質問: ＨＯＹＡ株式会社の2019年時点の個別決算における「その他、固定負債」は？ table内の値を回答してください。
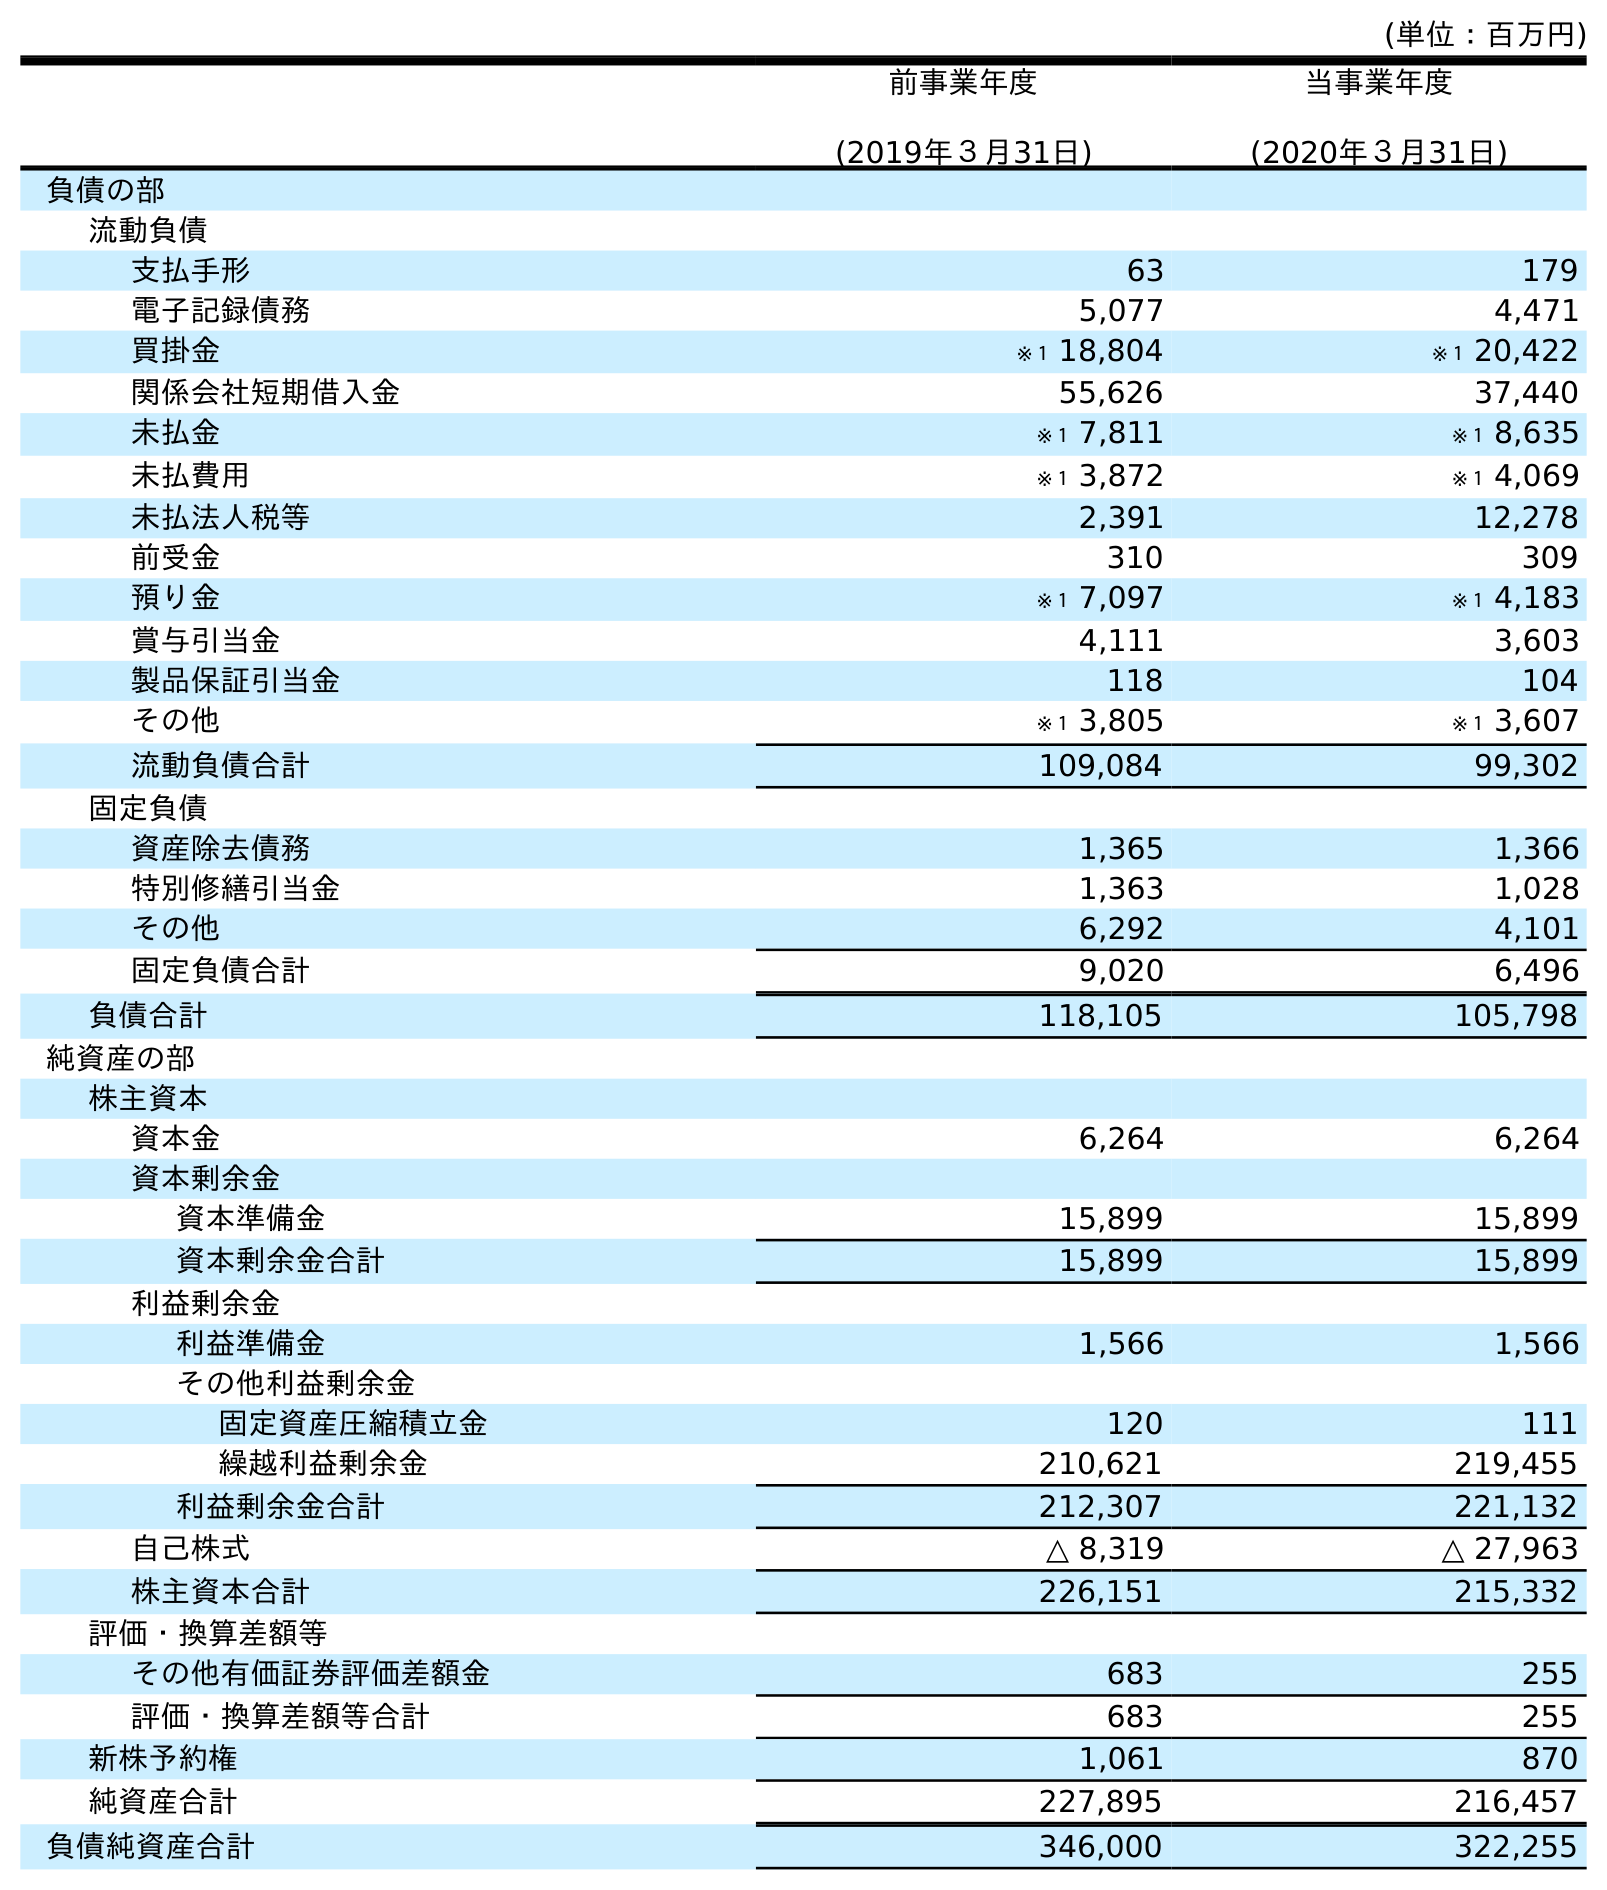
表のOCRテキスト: (単位：百万円) 前事業年度 (2019年３月31日) 当事業年度 (2020年３月31日) 負債の部 流動負債 支払手形 63 179 電子記録債務 5,077 4,471 買掛金 ※１ 18,804 ※１ 20,422 関係会社短期借入金 55,626 37,440 未払金 ※１ 7,811 ※１ 8,635 未払費用 ※１ 3,872 ※１ 4,069 未払法人税等 2,391 12,278 前受金 310 309 預り金 ※１ 7,097 ※１ 4,183 賞与引当金 4,111 3,603 製品保証引当金 118 104 その他 ※１ 3,805 ※１ 3,607 流動負債合計 109,084 99,302 固定負債 資産除去債務 1,365 1,366 特別修繕引当金 1,363 1,028 その他 6,292 4,101 固定負債合計 9,020 6,496 負債合計 118,105 105,798 純資産の部 株主資本 資本金 6,264 6,264 資本剰余金 資本準備金 15,899 15,899 資本剰余金合計 15,899 15,899 利益剰余金 利益準備金 1,566 1,566 その他利益剰余金 固定資産圧縮積立金 120 111 繰越利益剰余金 210,621 219,455 利益剰余金合計 212,307 221,132 自己株式 △ 8,319 △ 27,963 株主資本合計 226,151 215,332 評価・換算差額等 その他有価証券評価差額金 683 255 評価・換算差額等合計 683 255 新株予約権 1,061 870 純資産合計 227,895 216,457 負債純資産合計 346,000 322,255
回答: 6,292